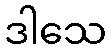
ဒါသေ